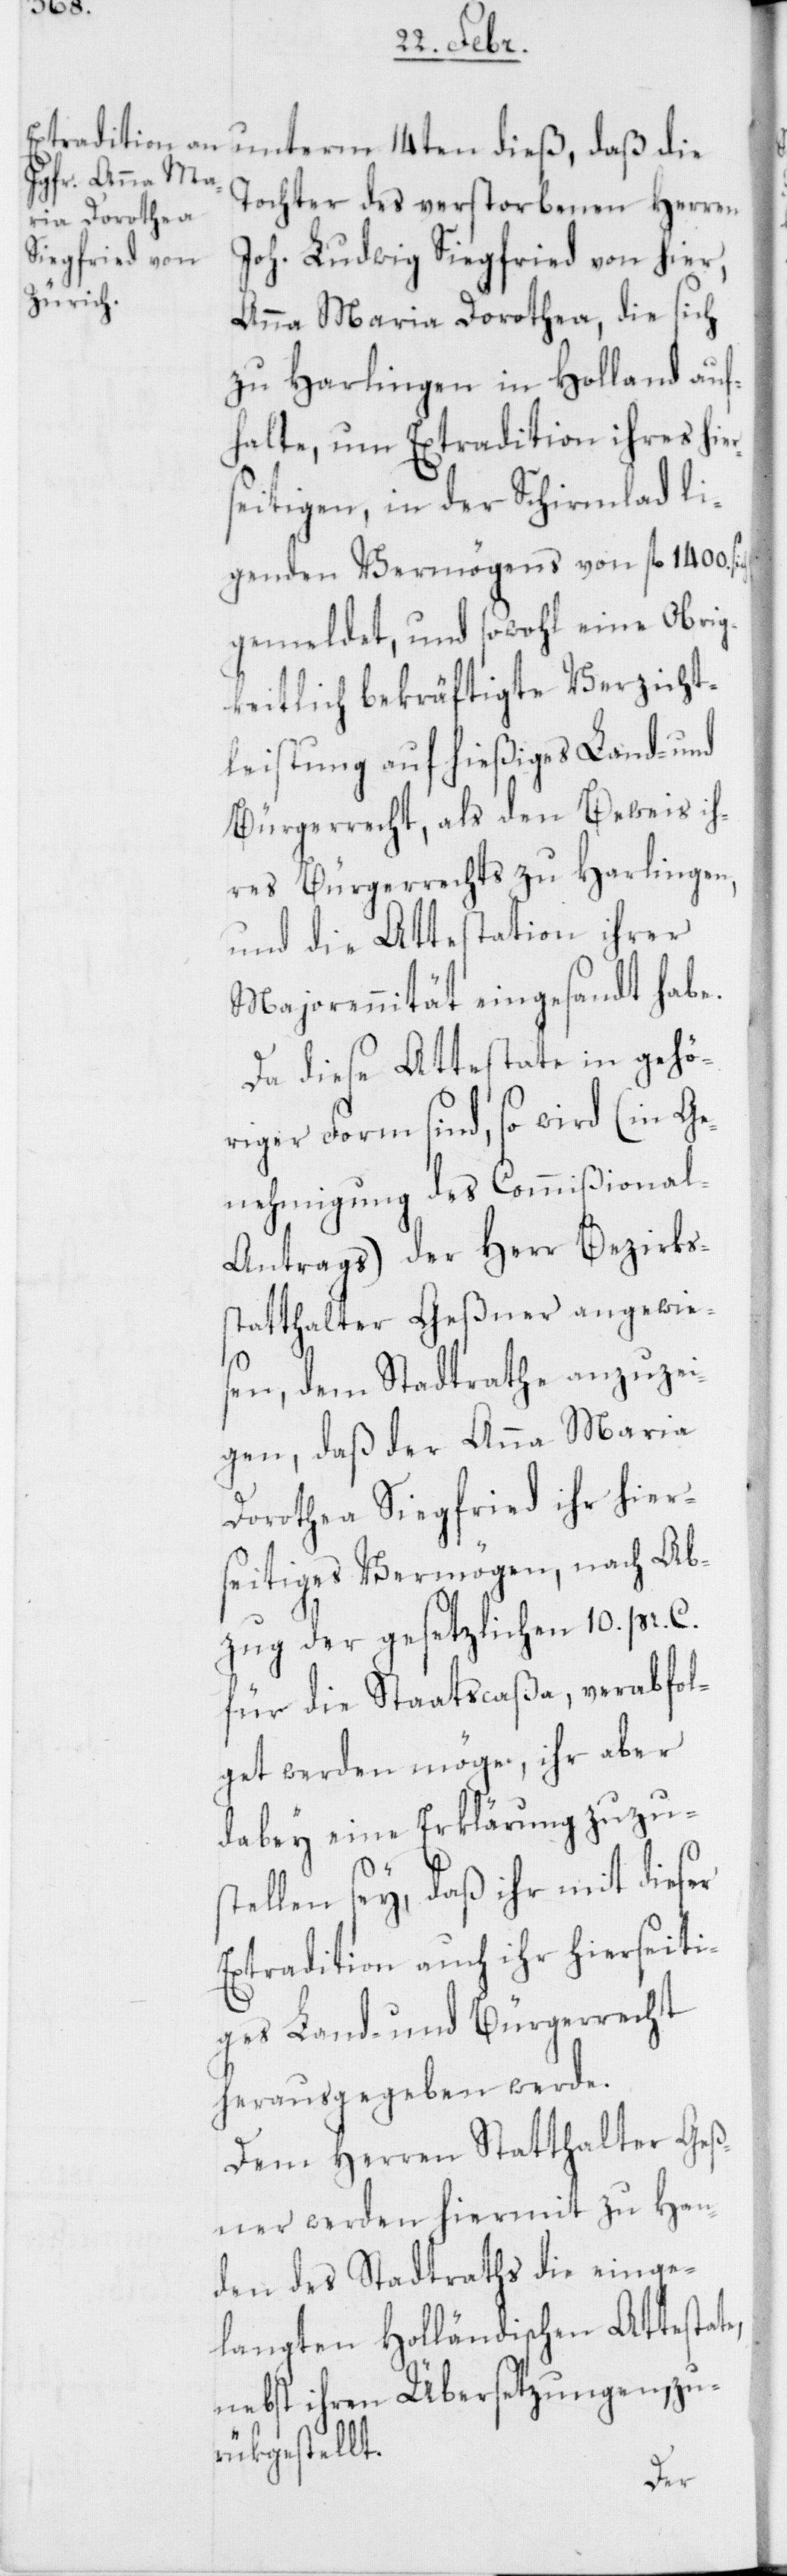
Tochter des verstorbenen Herren
Joh. Ludwig Siegfried von hier,
Anna Maria Dorothea, die sich
zu Harlingen in Holland auf¬
halte, um Extradition ihres hier¬
seitigen, in der Schirmlad li¬
genden Vermögens von fl. 1400.
gemeldet, und sowohl eine Obrig¬
keitlich bekräftigte Verzicht¬
leistung auf hießiges Land- und
Bürgerrecht, als den Beweis ih¬
res Bürgerrechts zu Harlingen,
und die Attestation ihrer
Majorennität eingesandt habe.
Da diese Attestate in gehö¬
riger Form sind, so wird (in Ge¬
nehmigung des Commißional-A¬
ntrags) der Herr Bezirks¬
statthalter Geßner angewie¬
sen, dem Stadtrathe anzuzei¬
gen, daß der Anna Maria
Dorothea Siegfried ihr hier¬
seitiges Vermögen, nach Ab¬
zug der gesetzlichen 10. pr. C.
für die Staatscaßa, verabfol¬
get werden möge, ihr aber
dabey eine Erklärung zuzu¬
stellen sey, daß ihr mit dieser
Extradition auch ihr hierseiti¬
ges Land- und Bürgerrecht
herausgegeben werde.
Dem Herren Statthalter Geß¬
ner werden hiermit zu Han¬
den des Stadtraths die einge¬
langten Holländischen Attestate,
nebst ihren Übersetzungen, zu¬
rükgestellt.